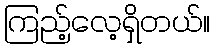
ကြည့်လေ့ရှိတယ်။